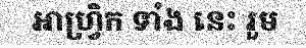
អាហ្វ្រិក ទាំង នេះ រួម